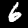
Label: 6